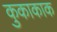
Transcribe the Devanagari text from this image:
कुकाकाक